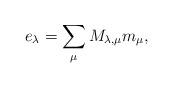
LaTeX: \begin{align*} e_\lambda = \sum_\mu M_{\lambda,\mu} m_\mu,\end{align*}